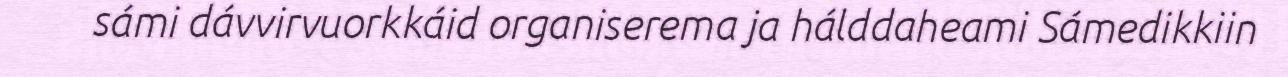
sámi dávvirvuorkkáid organiserema ja hálddaheami Sámedikkiin